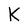
Character: K